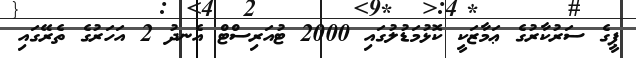
ޕީގެ ސަރުކާރުގެ ޢަމާޒަކީ ކޮޅުމަޑުލުގައި 2000 ޓުއަރިސްޓް އެނދު 2 އަހަރުގެ ތެރޭގައި